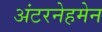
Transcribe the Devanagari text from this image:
अंटरनेहमेन